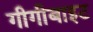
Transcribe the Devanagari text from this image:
गीगीबाइट